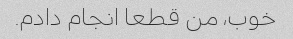
خوب، من قطعا انجام دادم.